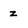
Character: z